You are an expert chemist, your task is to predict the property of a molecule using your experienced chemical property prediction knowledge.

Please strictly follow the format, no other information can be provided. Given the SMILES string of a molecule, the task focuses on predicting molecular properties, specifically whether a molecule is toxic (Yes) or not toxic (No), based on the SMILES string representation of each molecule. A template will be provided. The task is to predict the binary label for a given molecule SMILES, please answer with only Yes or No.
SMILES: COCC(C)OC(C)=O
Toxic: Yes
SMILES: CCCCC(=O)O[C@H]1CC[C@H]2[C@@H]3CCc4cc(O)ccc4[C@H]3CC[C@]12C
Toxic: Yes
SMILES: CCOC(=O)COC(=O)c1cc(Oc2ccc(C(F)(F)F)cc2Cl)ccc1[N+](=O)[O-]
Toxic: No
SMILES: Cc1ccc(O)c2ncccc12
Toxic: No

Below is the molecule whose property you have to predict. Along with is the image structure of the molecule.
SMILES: CC[C@@H](C(=O)[C@@H](C)[C@@H](O)[C@H](C)[C@@H]1O[C@@H]([C@@H](CC)C(=O)[O-])CC[C@@H]1C)[C@H]1O[C@]2(C=C[C@@H](O)[C@]3(CC[C@@](C)([C@H]4CC[C@](O)(CC)[C@H](C)O4)O3)O2)[C@H](C)C[C@@H]1C
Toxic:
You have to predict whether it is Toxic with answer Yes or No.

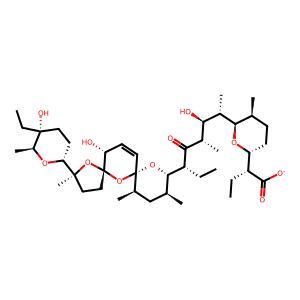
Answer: No